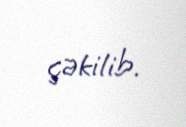
çəkilib.